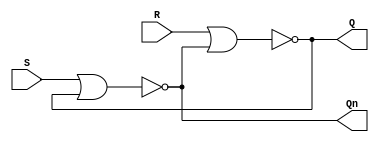
module SRlatch (
    input wire S, R,
    output wire Q, Qn
);

wire Q_int, Qn_int;

assign Q_int = ~(R || Qn_int);
assign Qn_int = ~(S || Q_int);
assign Q = Q_int;
assign Qn = Qn_int;
    
endmodule